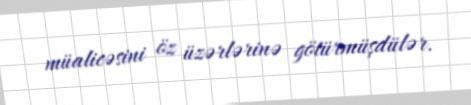
müalicəsini öz üzərlərinə götürmüşdülər.